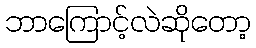
ဘာကြောင့်လဲဆိုတော့